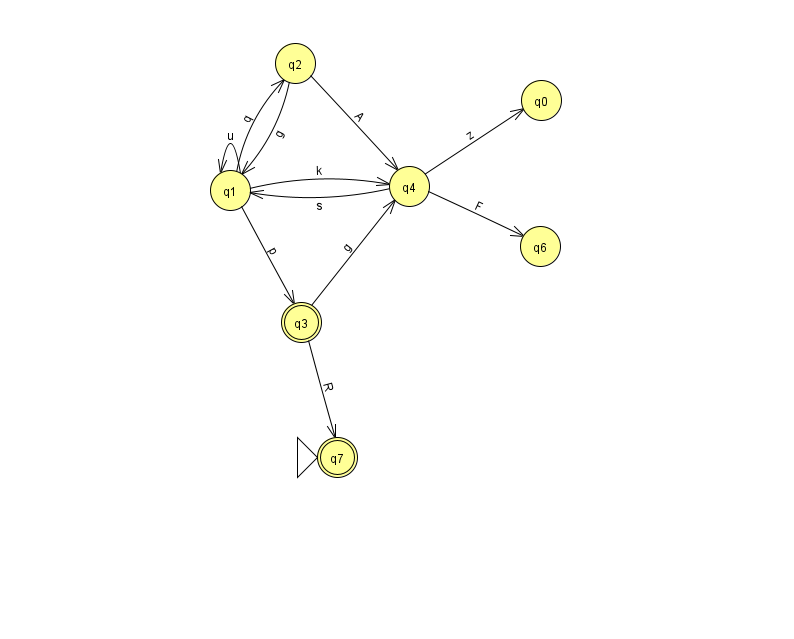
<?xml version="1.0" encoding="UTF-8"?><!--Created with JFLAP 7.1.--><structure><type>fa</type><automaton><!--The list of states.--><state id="0" name="q0"><x>541.0</x><y>87.0</y></state><state id="1" name="q1"><x>230.0</x><y>177.0</y></state><state id="2" name="q2"><x>295.0</x><y>50.0</y></state><state id="3" name="q3"><x>301.0</x><y>309.0</y><final/></state><state id="4" name="q4"><x>409.0</x><y>173.0</y></state><state id="6" name="q6"><x>540.0</x><y>233.0</y></state><state id="7" name="q7"><x>337.0</x><y>444.0</y><initial/><final/></state><!--The list of transitions.--><transition><from>1</from><to>4</to><read>k</read></transition><transition><from>4</from><to>6</to><read>F</read></transition><transition><from>1</from><to>1</to><read>u</read></transition><transition><from>3</from><to>4</to><read>g</read></transition><transition><from>4</from><to>0</to><read>z</read></transition><transition><from>2</from><to>4</to><read>A</read></transition><transition><from>1</from><to>2</to><read>q</read></transition><transition><from>4</from><to>1</to><read>s</read></transition><transition><from>1</from><to>3</to><read>p</read></transition><transition><from>2</from><to>1</to><read>g</read></transition><transition><from>3</from><to>7</to><read>R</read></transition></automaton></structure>